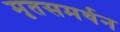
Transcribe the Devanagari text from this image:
मृतसमर्थन